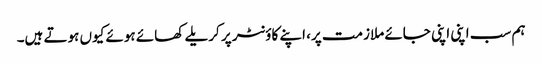
ہم سب اپنی اپنی جائے ملازمت پر، اپنے کاؤنٹر پر کریلے کھائے ہوئے کیوں ہوتے ہیں۔